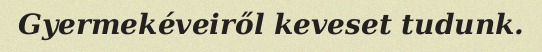
Gyermekéveiről keveset tudunk.